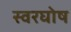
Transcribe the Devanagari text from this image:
स्वरघोष